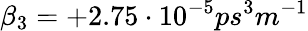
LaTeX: \beta_{3}=+2.75\cdot 10^{-5}ps^{3}m^{-1}